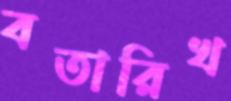
বতারিখ